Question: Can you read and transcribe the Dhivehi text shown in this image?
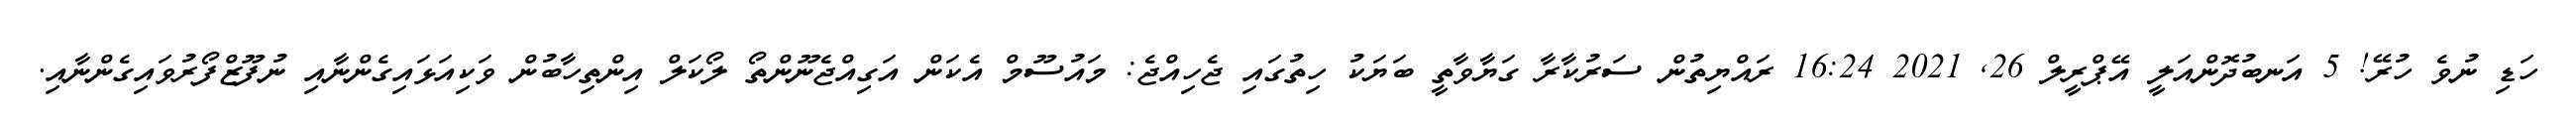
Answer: ހަޑި ނުވެ ހުރޭ! 5 އަނބުދޮންއަލީ އޭޕްރީލް 26, 2021 16:24 ރައްޔިތުން ސަރުކާރާ ގަޔާވާތީ ބަޔަކު ހިތުގައި ޖެހިއްޖެ: މައުސޫމް އެކަން އަގިއްޖެނޫންތޯ ލޯކަލް އިންތިހާބުން ވަކިއަޅައިގެންނާއި ނުފޫޒްފޯރުވައިގެންނާއި.